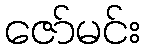
ဇော်မင်း